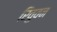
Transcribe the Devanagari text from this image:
रिवुवन